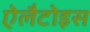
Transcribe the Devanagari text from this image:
ऐलैटोइस